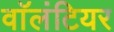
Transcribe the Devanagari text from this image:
वाॅलंटियर